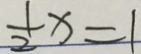
\frac { 1 } { 2 } x = 1